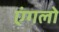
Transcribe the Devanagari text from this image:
एंगलो